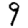
Digit: 9